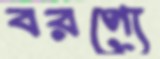
বরণ্যে